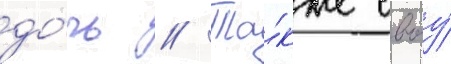
до́чь // Та́кже своу́